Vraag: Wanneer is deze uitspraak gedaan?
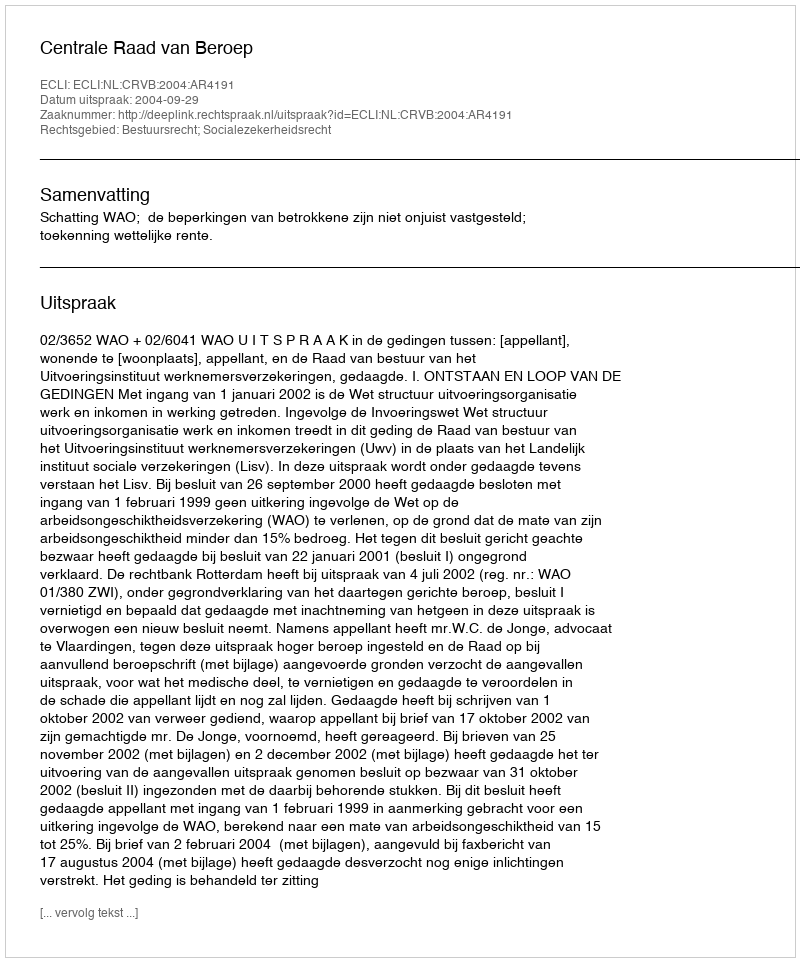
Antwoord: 2004-09-29